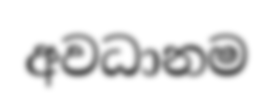
අවධානම